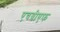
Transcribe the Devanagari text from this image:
एचबीएफ